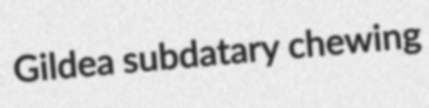
Gildea subdatary chewing